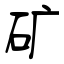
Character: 矿